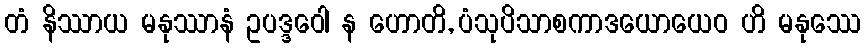
တံ နိဿာယ မနုဿာနံ ဥပဒ္ဒဝေါ န ဟောတိ, ပံသုပိသာစကာဒယောယေဝ ဟိ မနုဿေ